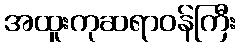
အထူးကုဆရာဝန်ကြီး